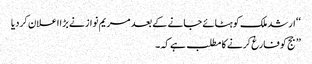
‘‘ ارشد ملک کو ہٹائے جانے کے بعد مریم نواز نے بڑا اعلان کردیا
’’ جج کو فارغ کرنے کا مطلب ہے کہ ۔